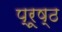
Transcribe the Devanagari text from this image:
प्रूष्ठ